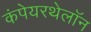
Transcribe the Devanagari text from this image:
कंपेयरथेलॉन